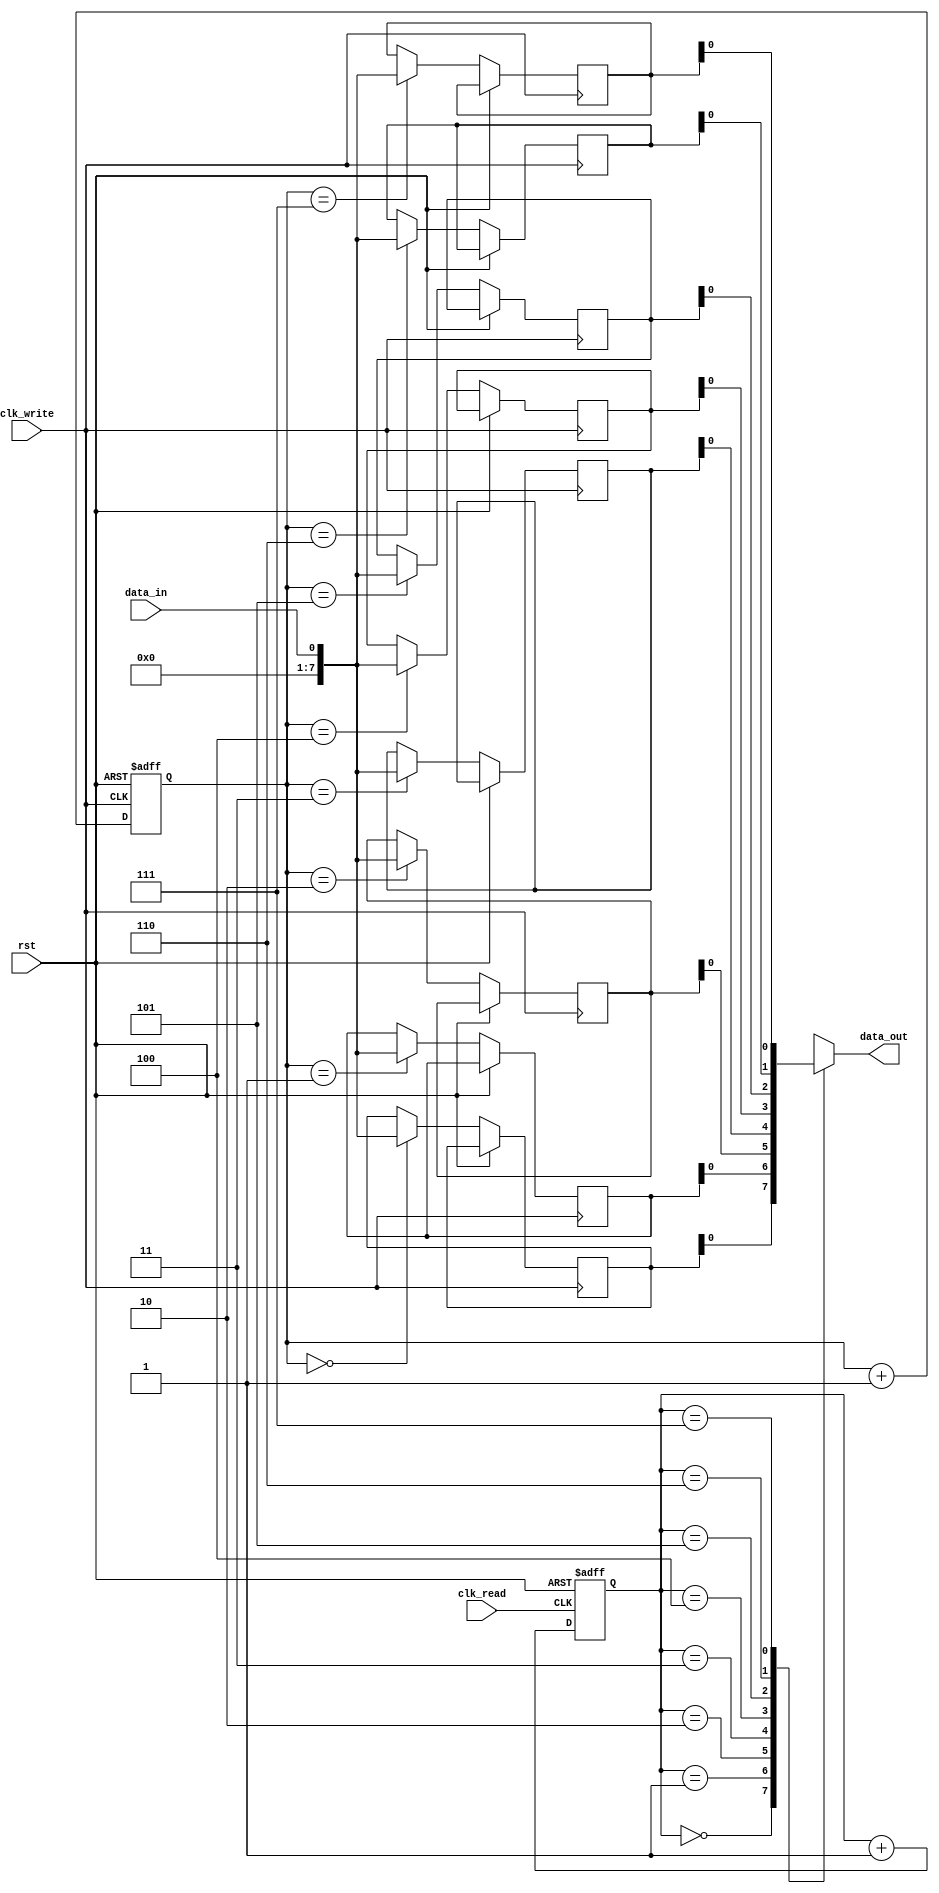
module async_fifo (
    input wire clk_read,
    input wire clk_write,
    input wire rst,
    input wire data_in,
    output wire data_out
);

reg [7:0] fifo_buffer [0:7];
reg [2:0] read_ptr;
reg [2:0] write_ptr;

// Timing control block
always @(posedge clk_read or posedge rst) begin
    if (rst) begin
        read_ptr <= 3'b000;
    end else begin
        read_ptr <= read_ptr + 1;
    end
end

always @(posedge clk_write or posedge rst) begin
    if (rst) begin
        write_ptr <= 3'b000;
    end else begin
        write_ptr <= write_ptr + 1;
        fifo_buffer[write_ptr] <= data_in;
    end
end

// Synchronization block
always @(*) begin
    data_out = fifo_buffer[read_ptr];
end

endmodule